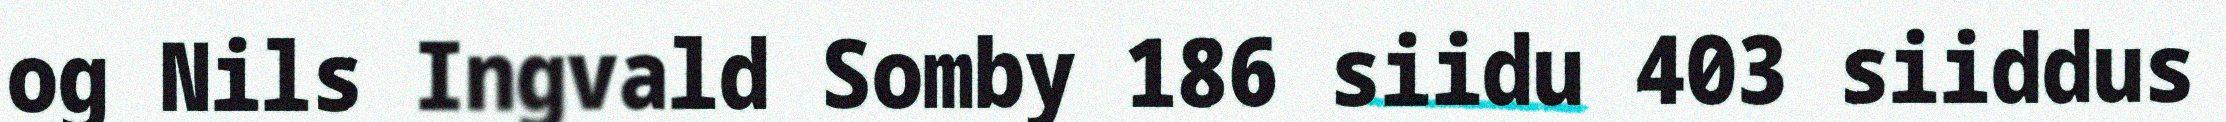
og Nils Ingvald Somby 186 siidu 403 siiddus